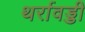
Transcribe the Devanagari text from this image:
थर्रावड्डी